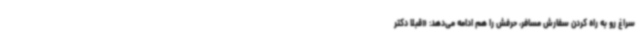
سراغ رو به راه کردن سفارش مسافر، حرفش را هم ادامه می‌دهد: «قبلا دکتر